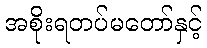
အစိုးရတပ်မတော်နှင့်